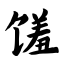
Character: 馐